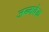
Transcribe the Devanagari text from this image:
जन्मवेळ